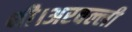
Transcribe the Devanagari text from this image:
थी।अरवल्ली